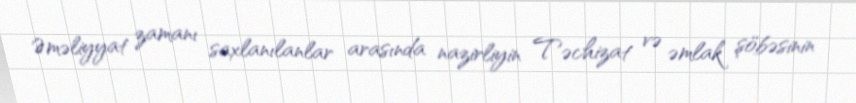
Əməliyyat zamanı saxlanılanlar arasında nazirliyin Təchizat və əmlak şöbəsinin